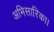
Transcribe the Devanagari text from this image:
अभिसारिका।